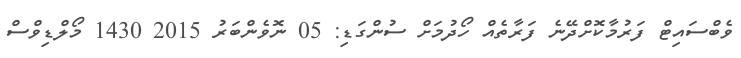
ވެބްސައިޓް ފަރުމާކޮށްދޭނެ ފަރާތެއް ހޯދުމަށް ސުންގަޑި: 05 ނޮވެންބަރު 2015 1430 މޯލްޑިވްސް